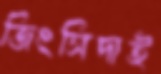
জিংসিদাই